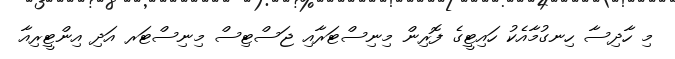
މި ހާދިސާ ހިނގުމާއެކު ހައިޓީގެ ފޮރިން މިނިސްޓަރާއި ޖަސްޓިސް މިނިސްޓަރ އަދި އިންޓީރިއާ